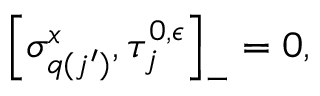
\left[ \sigma _ { q ( j ^ { \prime } ) } ^ { x } , \tau _ { j } ^ { 0 , \epsilon } \right] _ { - } = 0 ,